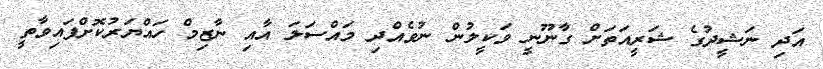
އަދި ނަޝީދުގެ ޝަރީއަތަށް ގާނޫނީ ވަކީލުން ނުވެއްދި މައްސަލަ އާއި ނާޒިމް ހައްޔަރުކޮށްފައިވާތީ